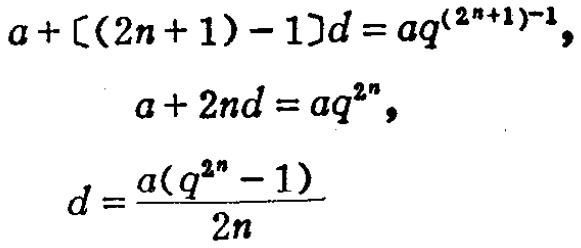
\[
\begin{align*}
a+[(2n + 1)-1]d&=aq^{(2n + 1)-1},\\
a + 2nd&=aq^{2n},\\
d&=\frac{a(q^{2n}-1)}{2n}
\end{align*}
\]